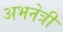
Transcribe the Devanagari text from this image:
अभनेत्री